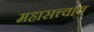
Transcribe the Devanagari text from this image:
महासत्त्वाय